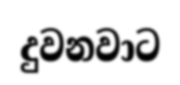
දුවනවාට